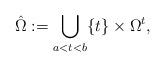
LaTeX: \begin{align*}\hat{\Omega} := \bigcup_{a < t< b} \{t\} \times \Omega^t,\end{align*}